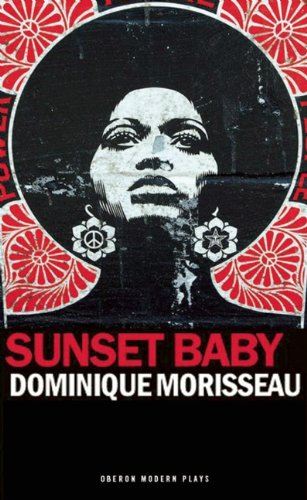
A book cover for Sunset Baby (Oberon Modern Plays); Dominique Morisseau; Literature & Fiction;